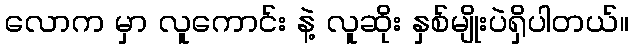
လောက မှာ လူကောင်း နဲ့ လူဆိုး နှစ်မျိုးပဲရှိပါတယ်။